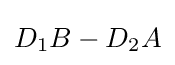
D_{1}B-D_{2}A